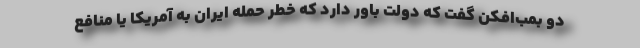
دو بمب‌افکن گفت که دولت باور دارد که خطر حمله ایران به آمریکا یا منافع